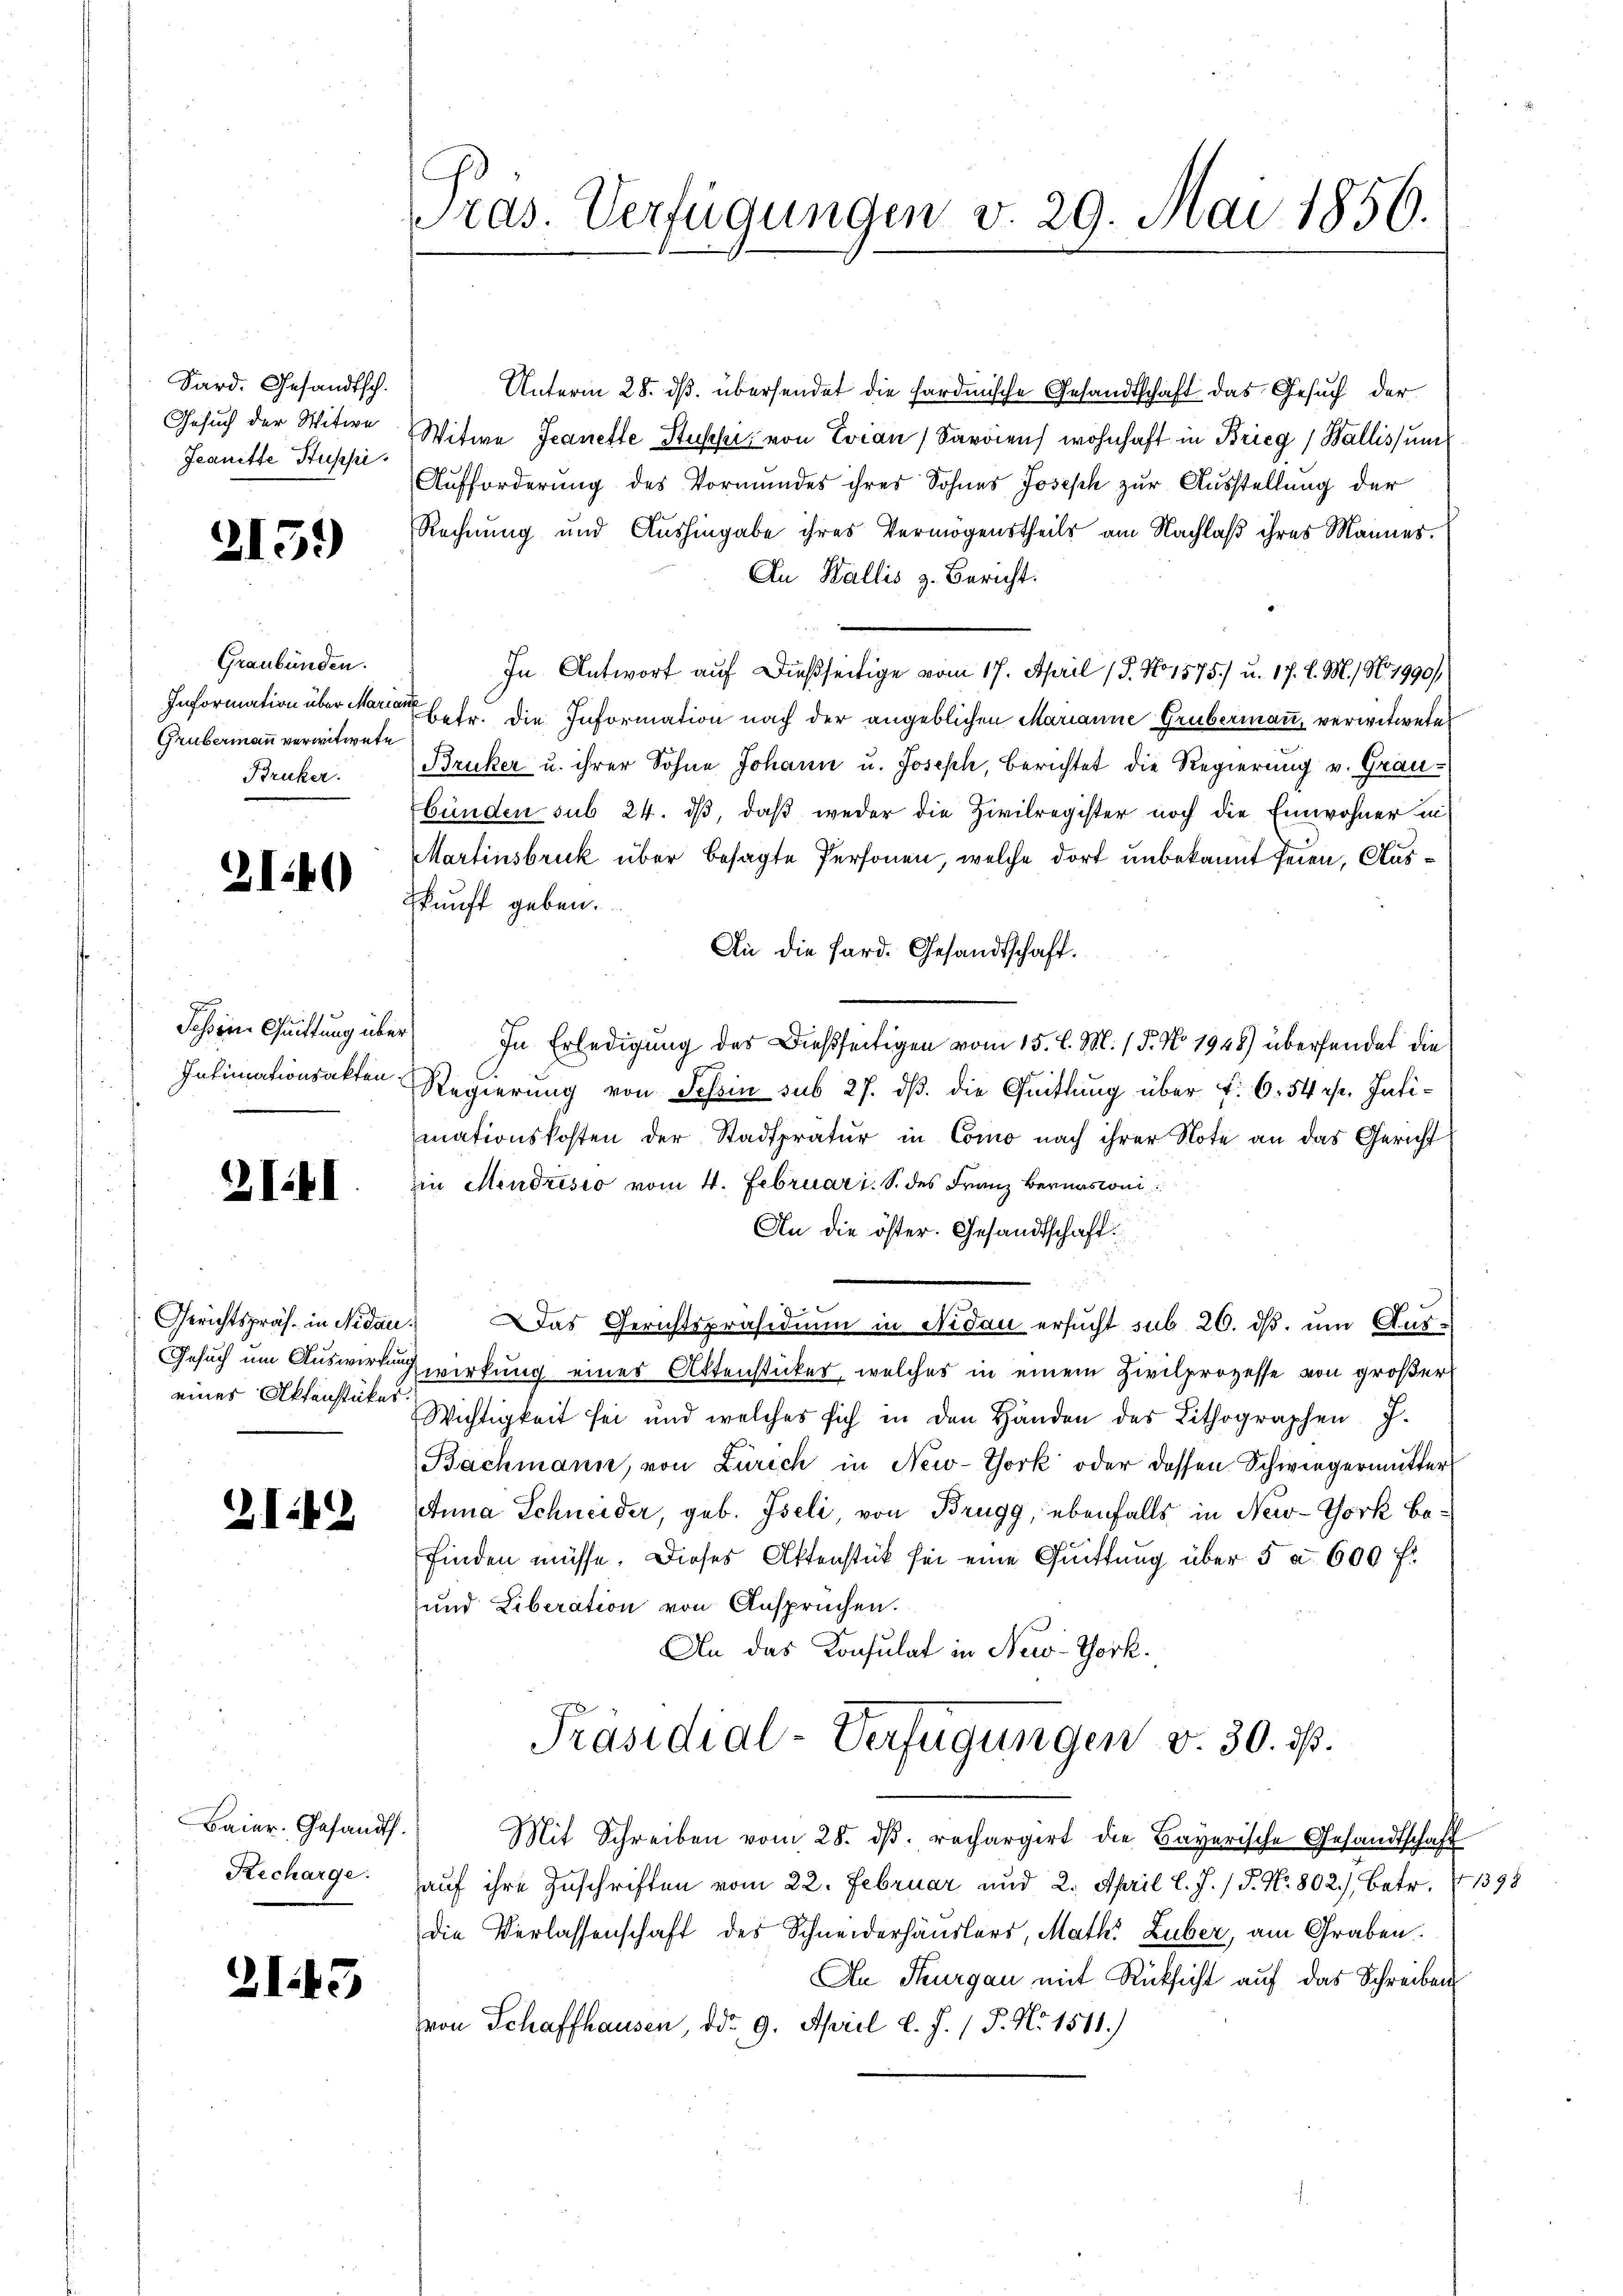
Sard. Gesandtsch.
Gesuch der Witwe
Jeanette Stupsi

2159

Graubünden.
Information über Mari
Grübermann verwitwete
Bruker.

2140

Jassen Quittung über
Intimationsakten

2141

eines Aktenstücker

I42

Recharge.

ZI43

Pras. Verfügungen v. 29. Mai 1856.

Unterm 28. ds. übersendet die Hardmische Gesandtschaft das Gesuch der
Witwe Jeanette Stupsi, von Evian Sardiens wohnhaft in Brieg, Wallis, um
Aufforderung des Vormundes ihres Sohnes Joseph zur Ausstellung der
Rechnung und Aushingabe ihres Vermögenstheils am Nachlaß ihres Mannes.
An Wallis z. Bericht.
In Antwort auf dießseitige vom 17. April (T. No 1575) u. 17. l. M., N. 1990)
f
betr. die Information nach der angeblichen Marianne Grübermann, verwitwete
Bruker u. ihrer Sohne Johann u. Joseph, berichtet die Regierung v. Graubünden sub 24. dß, daß weder die Zivilregister noch die Einwohner in
Martinsbruck über besagte Personen, welche dort unbekannt seien, Auskunft geben.
An die Sard. Gesandtschaft.
In Erledigung des Dießseitigen vom 15. d. M. / 5. No 1948) übersendet die
Regierung von Schein sub 27. ds. die Quittung über f. 6. 54 xr. Intimationskosten der Stadtpratur in Como nach ihrer Note an das Gericht
in Mendrisio vom 4. Februar i. S. des Franz Bernasconi
An die öster. Gesandtschaft.
Gerichtspräs. in Nidau. Das Gerichtspräsidium in Nidau ersucht sub 26. ds. um Aus¬
Gesuch um Auswirkung wirkung eines Aktensticker, welches in einem Zivilprozesse von großer
Wichtigkeit sei und welches sich in den Händen des Lithographen J.
Bachmann, von Zürich in New-York oder dessen Schwiegermutter
Anna Schneider, geb. Iseli, von Brugg, ebenfalls in New-York befinden müsse. Dieses Aktenstück sei eine Quittung über 5 a. 600 f:
und Liberation von Ansprüchen.
An das Konsulat in New-York.
Präsidial-Verfügungen v. 30. ds.
Baier. Gesandt. Mit Schreiben vom 28. dβ. rechargirt die Bayerische Gesandtschaft
auf ihre Zuschriften vom 22. Februar und 2. April l. J. / P. Nr. 802.) Betr. 71398
die Verlassenschaft des Schneiderhäuslers, Math. Luber, am Graben.
An Thurgau mit Rücksicht auf das Schreiben
von Schaffhausen, ddo 9. April l. J. P. Nr. 1511.)